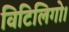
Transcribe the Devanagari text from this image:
विटिलिगो।